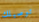
توصيلك